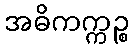
အဓိကက္ကဉ္စ